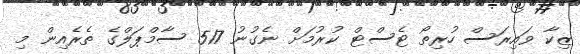
ޒިކާ ވައިރަސް ހުރިތޯ ޓެސްޓް ކުރުމަށް ނެގުނު 517 ސާމްޕަލްގެ ތެރެއިން މި